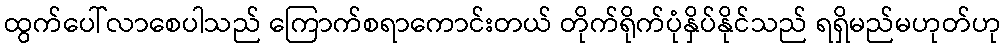
ထွက်ပေါ်လာစေပါသည် ကြောက်စရာကောင်းတယ် တိုက်ရိုက်ပုံနှိပ်နိုင်သည် ရရှိမည်မဟုတ်ဟု